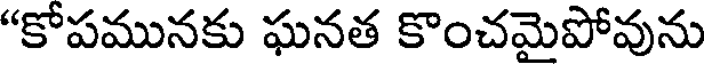
"కోపమునకు ఘనత కొంచమైపోవును